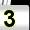
Digit: 3